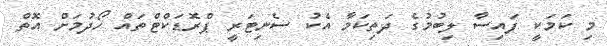
މި ކަމަކީ ފައިސާ ލިބުމުގެ ދަތިކަމާ އެކު ސެނިޓަރީ ޕްރޮޑަކްޓްތައް ހޯދުމަށް އޮތް